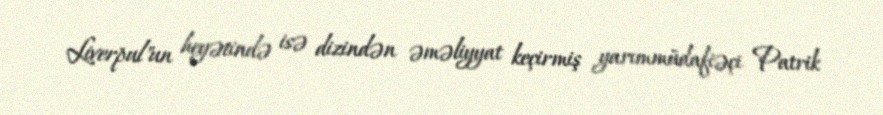
Liverpul"un heyətində isə dizindən əməliyyat keçirmiş yarımmüdafiəçi Patrik